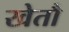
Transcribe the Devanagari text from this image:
खेतौ